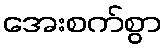
အေးစက်စွာ